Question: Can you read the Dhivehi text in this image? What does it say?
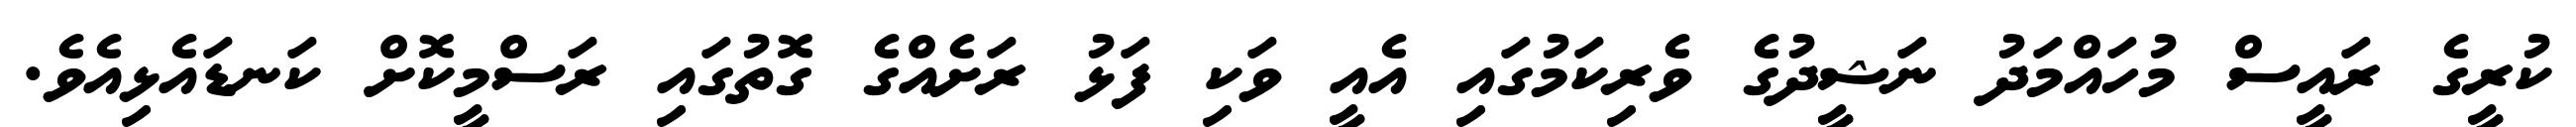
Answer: ކުރީގެ ރައީސް މުހައްމަދު ނަޝީދުގެ ވެރިކަމުގައި އެއީ ވަކި ފަޅު ރަށެއްގެ ގޮތުގައި ރަސްމީކޮށް ކަނޑައެޅިއެވެ.